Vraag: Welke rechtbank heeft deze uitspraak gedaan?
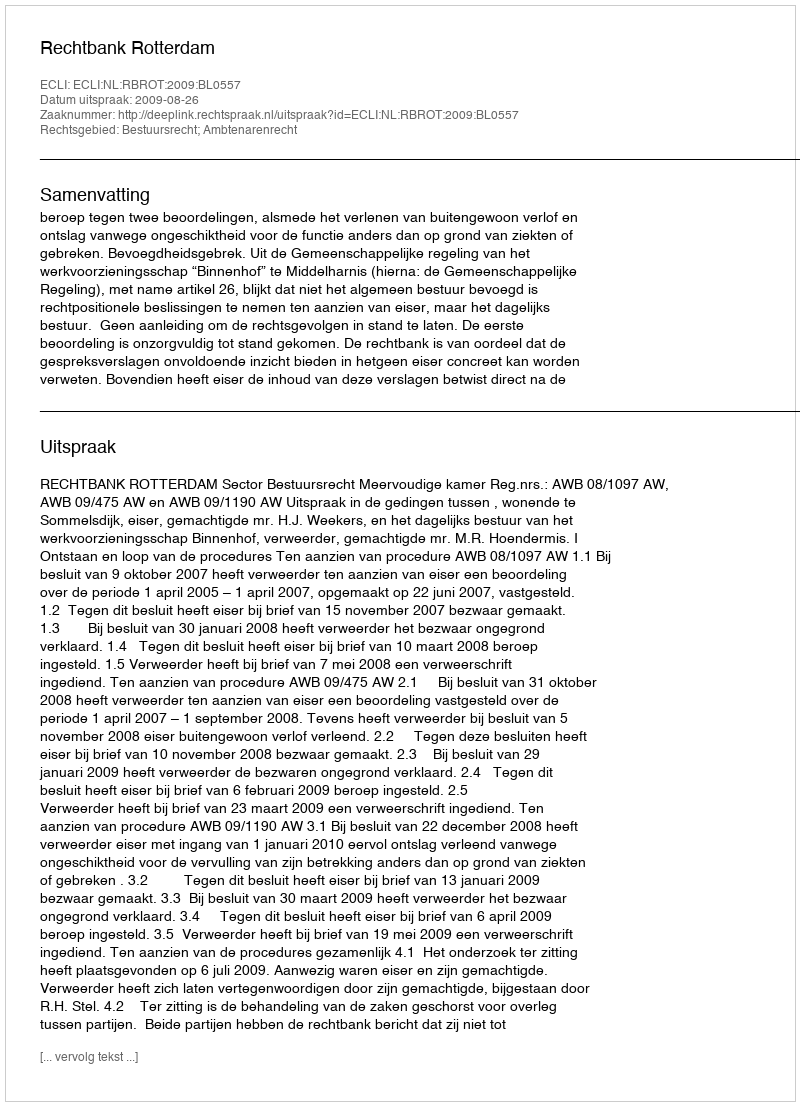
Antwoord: Rechtbank Rotterdam